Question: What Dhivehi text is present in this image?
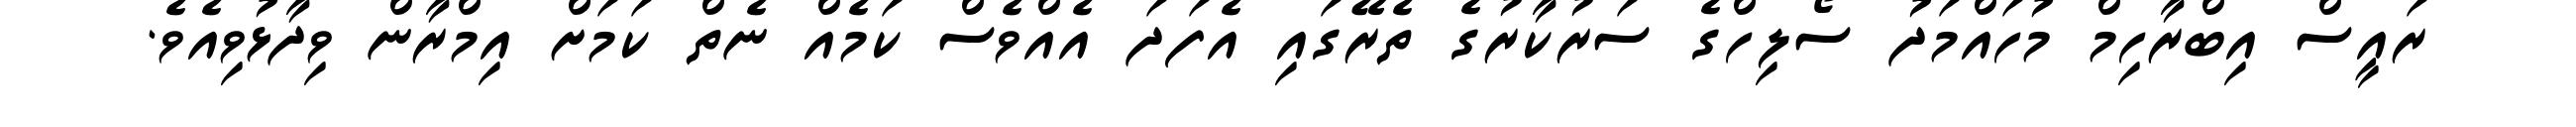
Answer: ރައީސް އިބްރާހިމް މުހައްމަދު ސޯލިހްގެ ސަރުކާރުގެ ތެރޭގައި އެފަދަ އެއްވެސް ކަމެއް ނެތް ކަމަށް އިމްރާން ވިދާޅުވިއެވެ.